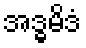
အဒ္ဓမိဒံ